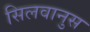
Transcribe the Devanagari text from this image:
सिलवानुस